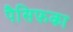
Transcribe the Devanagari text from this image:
पैसिफ़का